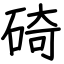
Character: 碕